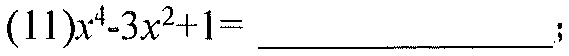
(11)$x^{4}-3x^{2}+1=$  ；